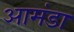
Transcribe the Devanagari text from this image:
आमंडा